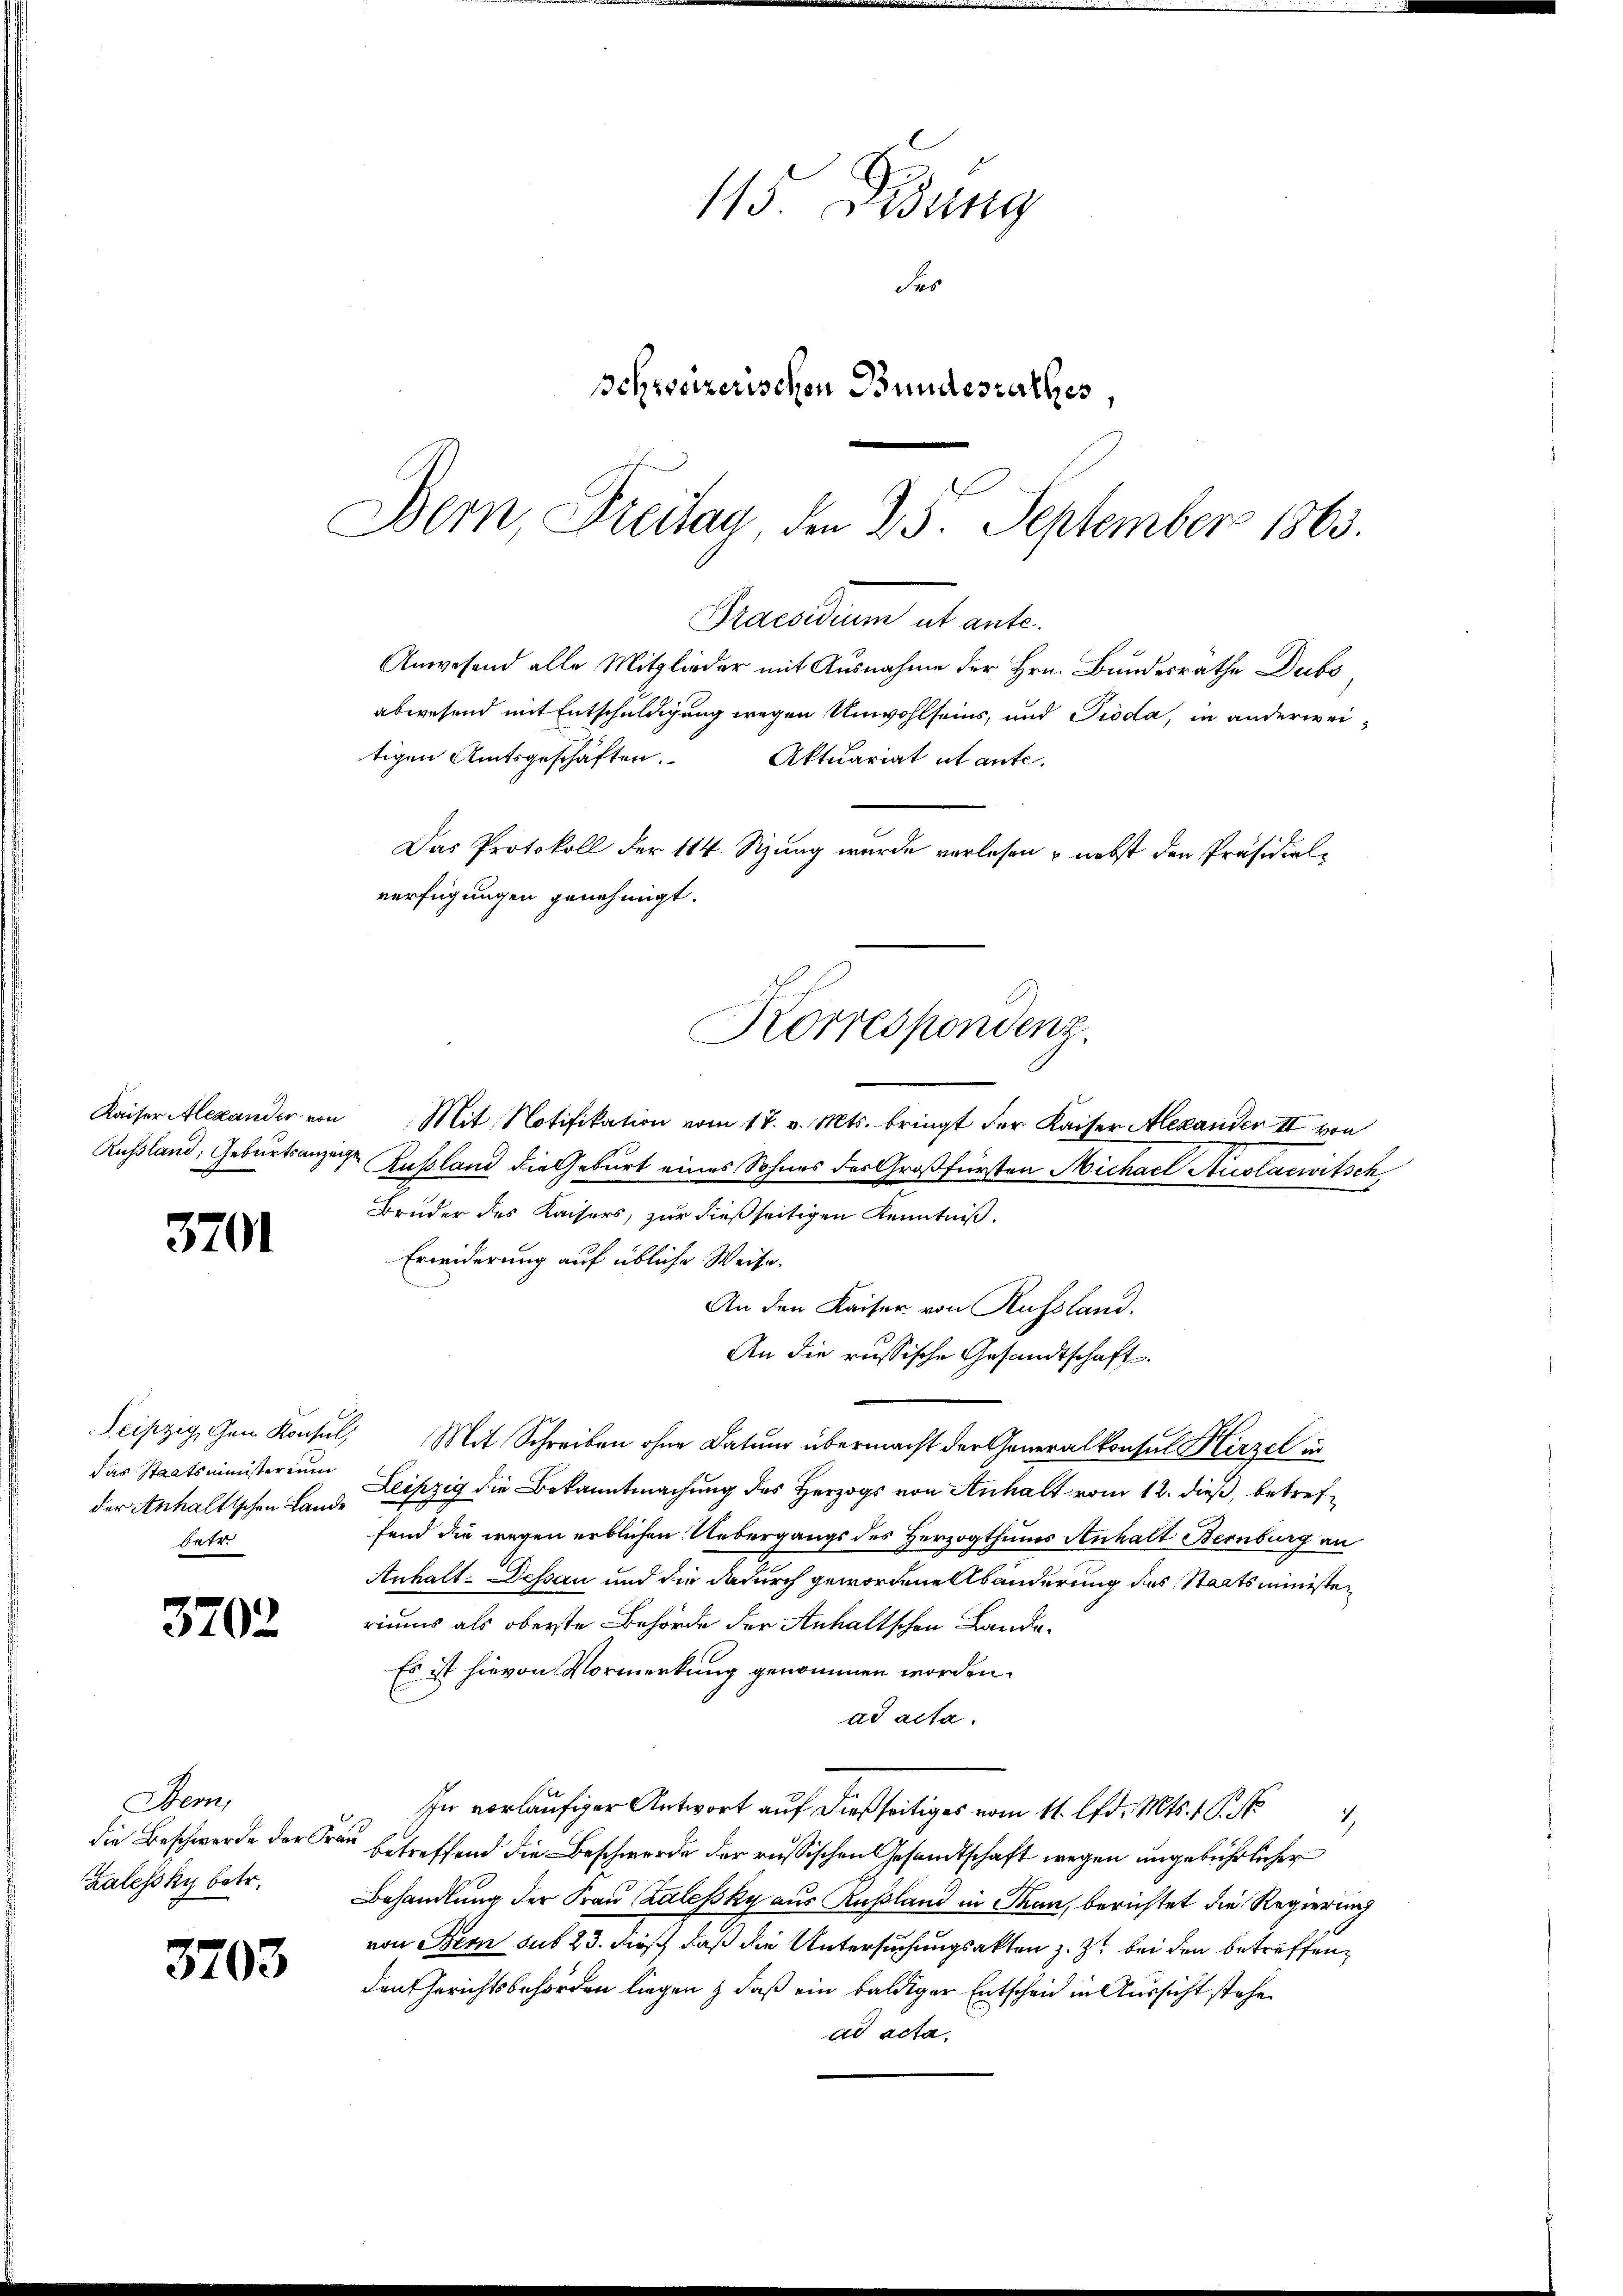
Kaiser Alexander von
Russland, Geburtsanz

3701

das Staatsministerium
betr.

3702

Bem,
Zalessky betr.

3703

115 Bäng
des
Schweizerischen Bundesrathes,

Bern, Freitag, den 25. September 1863.
Praesidium et ante.
Anwesend alle Mitglieder mit Ausnahme der Hrn. Bundesrathe Dufs
abwesend mit Entschuldigung wegen Unwohlseins, und Pioda, in anderweitigen Amtsgeschäften. Aktuariat et ante.
Das Protokoll der 114. Sizung wurde verlesen & nebst den Präsidialverfügungen genehmigt.

Korrespondenz.

Mit Notifikation vom 17. v. Mts. bringt der Kaiser Alexander II von
aus Russland die Geburt eines Sohnes des Großfürsten Michael Auslacwitsch
Bruder des Kaisers, zur dießseitigen Kenntniß.
Erwiderung auf übliche Weise.
An den Kaiser von Russland.
An die russische Gesandtschaft.
Leipzig, den Konsul, Mit Schreiben ohne Datum übermacht der Generalkonsul Hirzel in
der Anhaltischen Land Leipzig die Bekanntmachung des Herzogs von Anhalt vom 12. dieß, betreffend die wegen erblichen Uebergangs des Herzogthums Anhalt Bernburg an
Anhalt-Dessau und die dadurch gewordene Abänderung des Staatsministen
riums als oberste Behörde der Anhaltschen Lande¬
Es ist hievon Vormerkung genommen worden.
ad acta.
In vorläufiger Antwort auf dießseitiges vom 11. d. Mts. 1. No
die Beschwerde der Frau betreffend die Beschwerde der russischen Gesandtschaft wegen ungebührlicher
Behandlung der Frau Zalessky aus Rußland in Than, berichtet die Regierung
von Bern sub 23. dieß, daß die Untersuchungsakten z. Z. bei den betreffenden Gerichtsbehörden liegen & daß ein baldiger Entscheid in Aussicht stehe
ad acta.